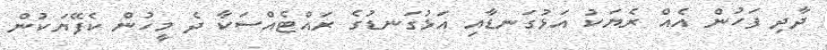
ދާދި ފަހުން އެއް ރެޔަކު އަޅުގަނޑާއި އަޅުގަނޑުގެ ރައްޓެއްސަކާ ދެ މީހުން ކެފޭޔަކުން